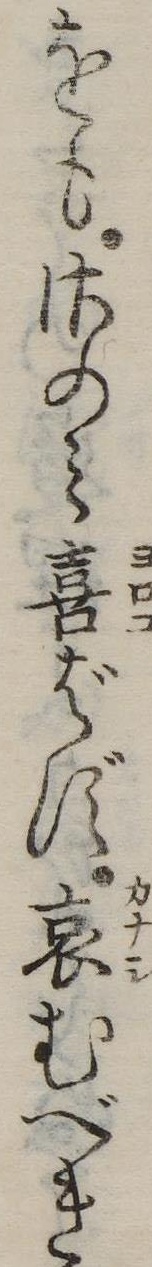
をもさのみ喜ばず哀むべき